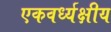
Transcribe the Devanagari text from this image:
एकवर्ध्यक्षीय